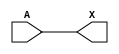
module sky130_fd_sc_hd__lpflow_lsbuf_lh_isowell (
    X,
    A
);

    // Module ports
    output X;
    input  A;

    //  Name  Output  Other arguments
    buf buf0 (X     , A              );

endmodule